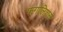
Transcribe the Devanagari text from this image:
फर्गालिशस